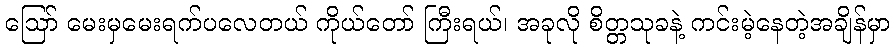
ဪ မေးမှမေးရက်ပလေတယ် ကိုယ်တော် ကြီးရယ်၊ အခုလို စိတ္တသုခနဲ့ ကင်းမဲ့နေတဲ့အချိန်မှာ